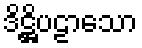
ဒိဋ္ဌိပဠာသော